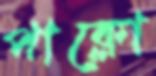
পাক্‌লো